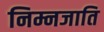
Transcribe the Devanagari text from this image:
निम्नजाति